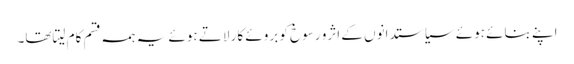
اپنے بنائے ہوئے سیاستدانوں کے اثرو رسوخ کو بروئے کار لاتے ہوئے یہ ہمہ قسم کام لیتاتھا۔